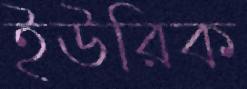
ইউরিক